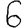
Digit: 6